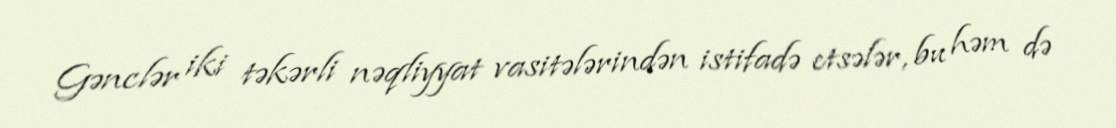
Gənclər iki təkərli nəqliyyat vasitələrindən istifadə etsələr, bu həm də